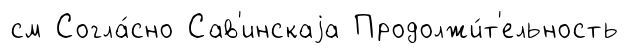
см Согла́сно Сав'инскаjа Продолжи́т'ельность